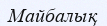
Майбалық